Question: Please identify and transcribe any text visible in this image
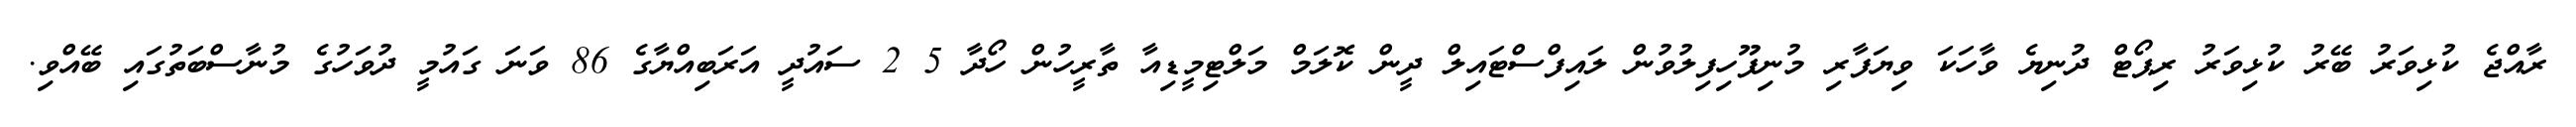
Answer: ރާއްޖެ ކުޅިވަރު ބޭރު ކުޅިވަރު ރިޕޯޓް ދުނިޔެ ވާހަކަ ވިޔަފާރި މުނިފޫހިފިލުވުން ލައިފްސްޓައިލް ދީން ކޮލަމް މަލްޓިމީޑިއާ ތާރީހުން ހޯދާ 5 2 ސައުދީ އަރަބިއްޔާގެ 86 ވަނަ ގައުމީ ދުވަހުގެ މުނާސްބަތުގައި ބޭއްވި.